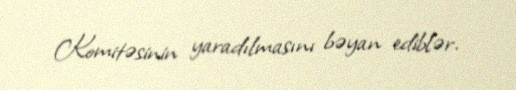
Komitəsinin yaradılmasını bəyan ediblər.